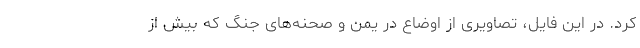
کرد. در این فایل، تصاویری از اوضاع در یمن و صحنه‌های جنگ که بیش از